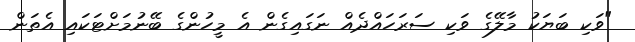
"ވަކި ބަޔަކު މާލޭގެ ވަކި ސަރަހައްދެއް ނަގައިގެން އެ މީހުންގެ ބޭނުމަށްޓަކައި އެތަން